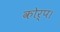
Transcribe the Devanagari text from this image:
कोर्प।